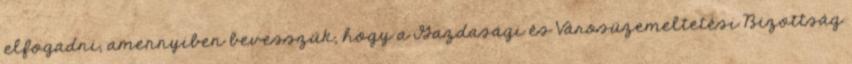
elfogadni, amennyiben bevesszük, hogy a Gazdasági és Városüzemeltetési Bizottság